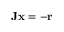
\mathbf { J x } = - \mathbf { r }